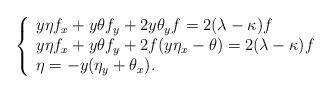
LaTeX: \begin{align*} \left\{ \begin{array}{l} y\eta f_x+y\theta f_y+2y\theta_y f=2(\lambda-\kappa)f\\ y\eta f_x+y\theta f_y+2f(y\eta_x-\theta)=2(\lambda-\kappa)f \\ \eta=-y(\eta_y+\theta_x). \end{array}\right.\end{align*}